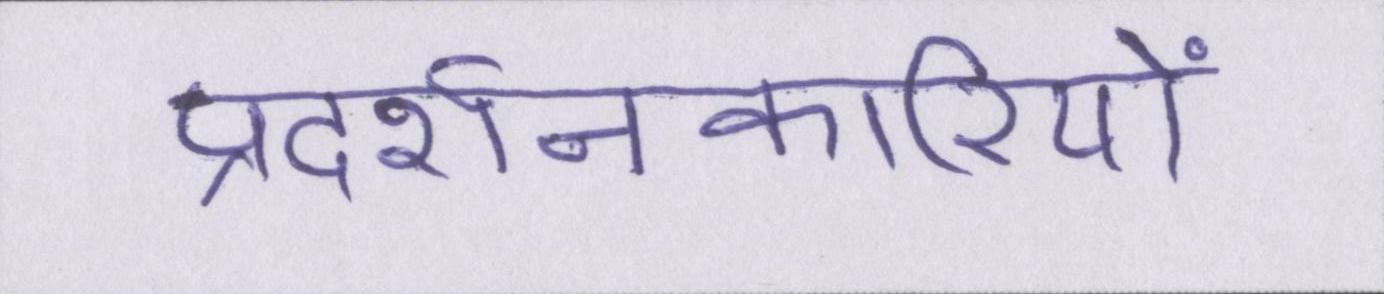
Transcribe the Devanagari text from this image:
प्रदर्शनकारियों